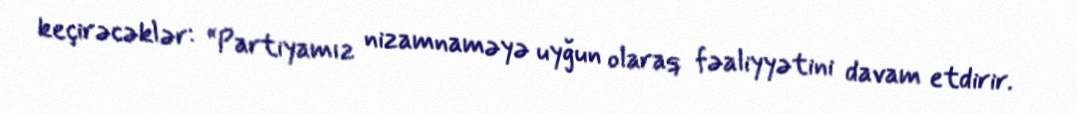
keçirəcəklər: “Partiyamız nizamnaməyə uyğun olaraq fəaliyyətini davam etdirir.